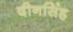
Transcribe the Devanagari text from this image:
दीनसिंह